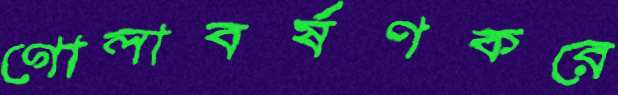
গোলাবর্ষণকরে